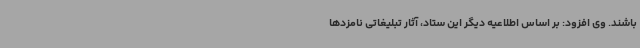
باشند. وی افزود: بر اساس اطلاعیه دیگر این ستاد، آثار تبلیغاتی نامزدها